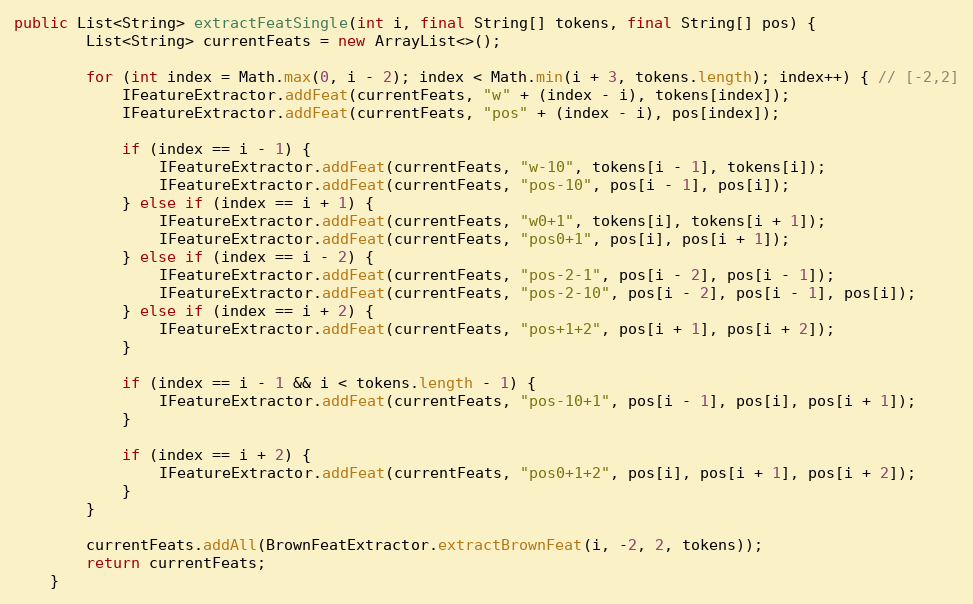
Language: Java
public List<String> extractFeatSingle(int i, final String[] tokens, final String[] pos) {
        List<String> currentFeats = new ArrayList<>();

        for (int index = Math.max(0, i - 2); index < Math.min(i + 3, tokens.length); index++) { // [-2,2]
            IFeatureExtractor.addFeat(currentFeats, "w" + (index - i), tokens[index]);
            IFeatureExtractor.addFeat(currentFeats, "pos" + (index - i), pos[index]);

            if (index == i - 1) {
                IFeatureExtractor.addFeat(currentFeats, "w-10", tokens[i - 1], tokens[i]);
                IFeatureExtractor.addFeat(currentFeats, "pos-10", pos[i - 1], pos[i]);
            } else if (index == i + 1) {
                IFeatureExtractor.addFeat(currentFeats, "w0+1", tokens[i], tokens[i + 1]);
                IFeatureExtractor.addFeat(currentFeats, "pos0+1", pos[i], pos[i + 1]);
            } else if (index == i - 2) {
                IFeatureExtractor.addFeat(currentFeats, "pos-2-1", pos[i - 2], pos[i - 1]);
                IFeatureExtractor.addFeat(currentFeats, "pos-2-10", pos[i - 2], pos[i - 1], pos[i]);
            } else if (index == i + 2) {
                IFeatureExtractor.addFeat(currentFeats, "pos+1+2", pos[i + 1], pos[i + 2]);
            }

            if (index == i - 1 && i < tokens.length - 1) {
                IFeatureExtractor.addFeat(currentFeats, "pos-10+1", pos[i - 1], pos[i], pos[i + 1]);
            }

            if (index == i + 2) {
                IFeatureExtractor.addFeat(currentFeats, "pos0+1+2", pos[i], pos[i + 1], pos[i + 2]);
            }
        }

        currentFeats.addAll(BrownFeatExtractor.extractBrownFeat(i, -2, 2, tokens));
        return currentFeats;
    }